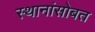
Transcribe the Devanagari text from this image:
स्थानांसोबत